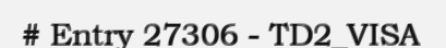
# Entry 27306 - TD2_VISA